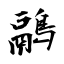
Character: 鷊